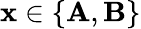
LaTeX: \mathbf{x}\in\left\{ \mathbf{A},\mathbf{B}\right\}